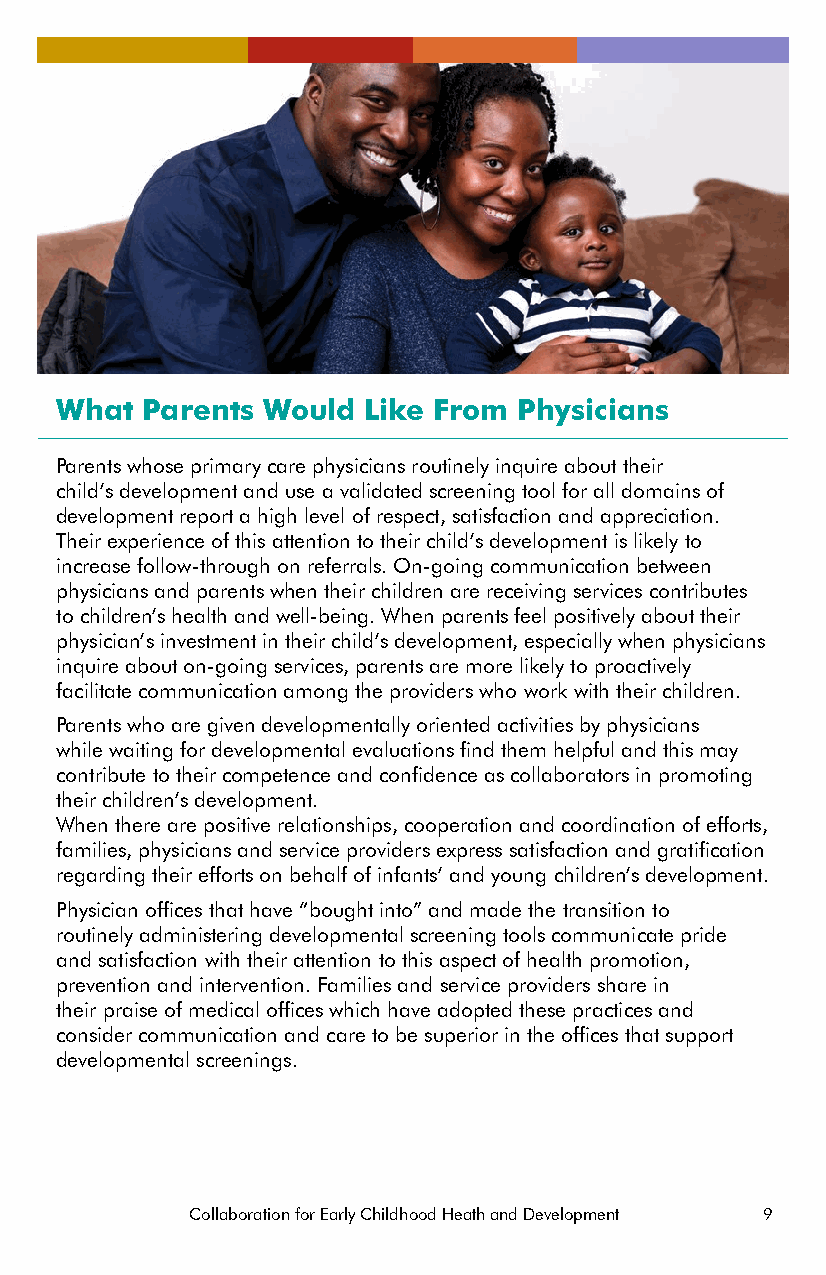
What Parents Would  Like From Physicians
 Parents whose primary care physicians routinely inquire about their
 child’s development and use a validated screening tool for all domains of
 development report a high level of respect, satisfaction and appreciation.
 Their experience of this attention to their child’s development is likely to
 increase follow-through on referrals. On-going communication between
 physicians and parents when their children are receiving services contributes
 to children’s health and well-being. When parents feel positively about their
 physician’s investment in their child’s development, especially when physicians
 inquire about on-going services, parents are more likely to proactively
 facilitate communication among the providers who work with their children.
 Parents who are given developmentally oriented activities by physicians
 while waiting for developmental evaluations find them helpful and this may
 contribute to their competence and confidence as collaborators in promoting
 their children’s development.
 When there are positive relationships, cooperation and coordination of efforts,
 families, physicians and service providers express satisfaction and gratification
 regarding their efforts on behalf of infants’ and young children’s development.
 Physician offices that have “bought into” and made the transition to
 routinely administering developmental screening tools communicate pride
 and satisfaction with their attention to this aspect of health promotion,
 prevention and intervention. Families and service providers share in
 their praise of medical offices which have adopted these practices and
 consider communication and care to be superior in the offices that support
 developmental screenings.
 Collaboration for Early Childhood Heath and Development 9